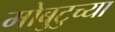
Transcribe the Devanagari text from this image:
मोबुटुच्या